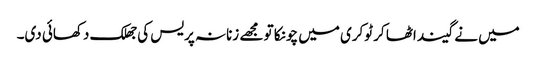
میں نے گیند اٹھا کر ٹوکری میں چونکا تو مجھے زنانہ پریس کی جھلک دکھائی دی۔